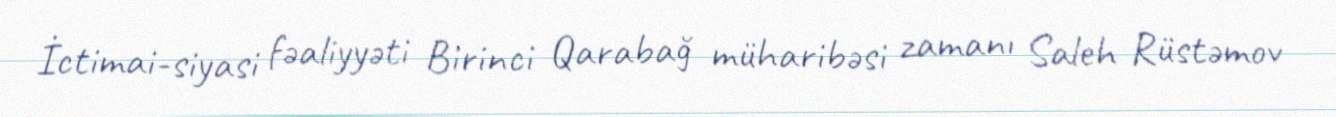
İctimai-siyasi fəaliyyəti Birinci Qarabağ müharibəsi zamanı Saleh Rüstəmov